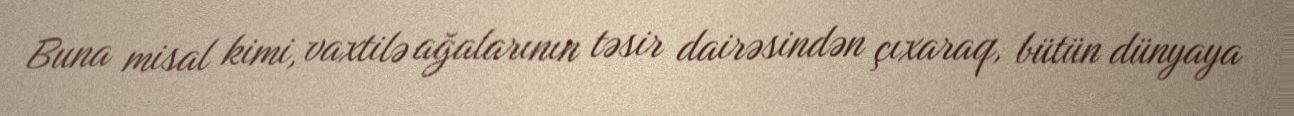
Buna misal kimi, vaxtilə ağalarının təsir dairəsindən çıxaraq, bütün dünyaya